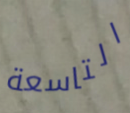
التاسعة